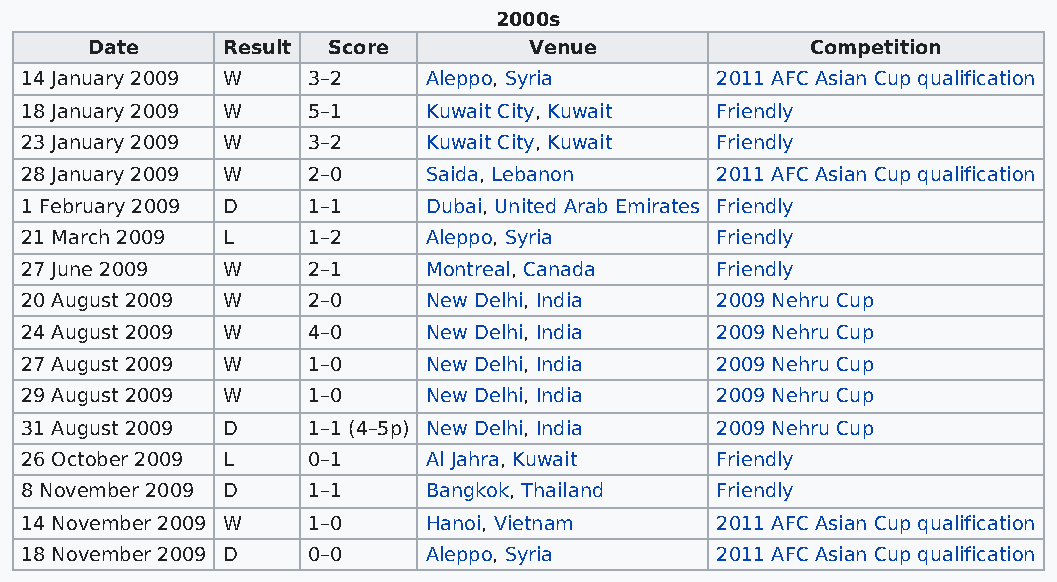
2000s
 Date     Result Score        Venue              Competition
 14 January 2009 W  3–2     Aleppo, Syria      2011 AFC Asian Cup qualification
 18 January 2009 W  5–1     Kuwait City, Kuwait Friendly
 23 January 2009 W  3–2     Kuwait City, Kuwait Friendly
 28 January 2009 W  2–0     Saida, Lebanon     2011 AFC Asian Cup qualification
 1 February 2009 D  1–1     Dubai, United Arab Emirates Friendly
 21 March 2009 L    1–2     Aleppo, Syria      Friendly
 27 June 2009  W    2–1     Montreal, Canada   Friendly
 20 August 2009 W   2–0     New Delhi, India   2009 Nehru Cup
 24 August 2009 W   4–0     New Delhi, India   2009 Nehru Cup
 27 August 2009 W   1–0     New Delhi, India   2009 Nehru Cup
 29 August 2009 W   1–0     New Delhi, India   2009 Nehru Cup
 31 August 2009 D   1–1 (4–5p) New Delhi, India 2009 Nehru Cup
 26 October 2009 L  0–1     Al Jahra, Kuwait   Friendly
 8 November 2009 D  1–1     Bangkok, Thailand  Friendly
 14 November 2009 W 1–0     Hanoi, Vietnam     2011 AFC Asian Cup qualification
 18 November 2009 D 0–0     Aleppo, Syria      2011 AFC Asian Cup qualification